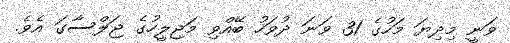
ވަނީ މިދިޔަ މަހުގެ 31 ވަނަ ދުވަހު ބޭއްވި މަޖިލީހުގެ ޖަލްސާގަ އެވެ.